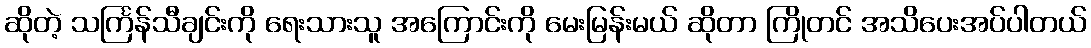
ဆိုတဲ့ သင်္ကြန်သီချင်းကို ရေးသားသူ အကြောင်းကို မေးမြန်းမယ် ဆိုတာ ကြိုတင် အသိပေးအပ်ပါတယ်